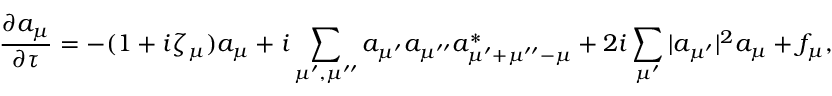
\frac { \partial a _ { \mu } } { \partial { \tau } } = - ( 1 + i \zeta _ { \mu } ) a _ { \mu } + i \sum _ { \mu ^ { \prime } , \mu ^ { \prime \prime } } a _ { \mu ^ { \prime } } a _ { \mu ^ { \prime \prime } } a _ { \mu ^ { \prime } + \mu ^ { \prime \prime } - \mu } ^ { * } + 2 i \sum _ { \mu ^ { \prime } } | a _ { \mu ^ { \prime } } | ^ { 2 } a _ { \mu } + f _ { \mu } ,